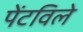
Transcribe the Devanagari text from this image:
पेंटविले